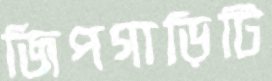
জিপগাড়িটি